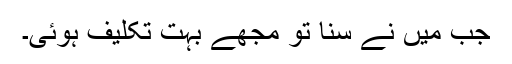
جب میں نے سنا تو مجھے بہت تکلیف ہوئی۔